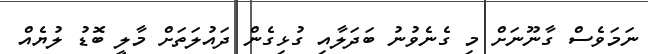
ނަމަވެސް ގާނޫނަށް މި ގެނެވުނު ބަދަލާއި ގުޅިގެން ދައުލަތަށް މާލީ ބޮޑު ލުޔެއް